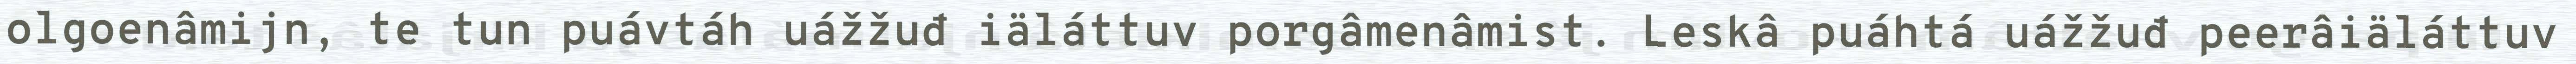
olgoenâmijn, te tun puávtáh uážžuđ iäláttuv porgâmenâmist. Leskâ puáhtá uážžuđ peerâiäláttuv